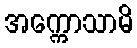
အက္ကောသာမိ